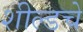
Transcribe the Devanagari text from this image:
शील्डचे